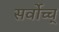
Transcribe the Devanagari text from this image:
सर्वोच्च्